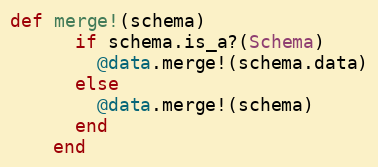
Language: Ruby
def merge!(schema)
      if schema.is_a?(Schema)
        @data.merge!(schema.data)
      else
        @data.merge!(schema)
      end
    end